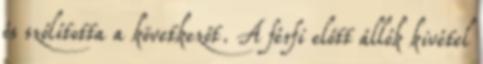
és szólította a következőt. A férfi előtt állók kivétel